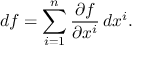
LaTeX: d f = \sum _ { i = 1 } ^ { n } { \frac { \partial f } { \partial x ^ { i } } } \, d x ^ { i } .